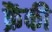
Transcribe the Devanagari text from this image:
क्रैंकी